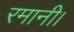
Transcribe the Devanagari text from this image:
रमानी।